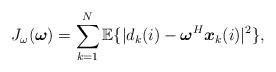
LaTeX: \begin{align*}{J_{\omega}({\boldsymbol \omega})} = \sum_{k=1}^{N}{\mathbb{E}\{ |{d_k(i)}- {\boldsymbol \omega}^H{\boldsymbol x_k(i)}|^2}\} ,\end{align*}